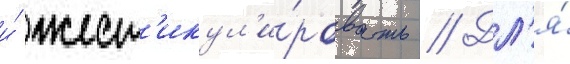
и́ жест'икул'и́ровать // Дл'я́